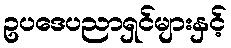
ဥပဒေပညာရှင်များနှင့်